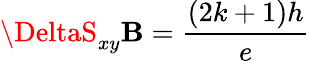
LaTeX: \DeltaS_{xy}\mathbf{B}=\frac{{(2k+1)h}}{{e}}